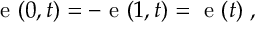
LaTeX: { \mathrm { \boldmath ~ e ~ } } ( 0 , t ) = - { \mathrm { \boldmath ~ e ~ } } ( 1 , t ) = { \mathrm { \boldmath ~ e ~ } } ( t ) \; ,